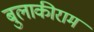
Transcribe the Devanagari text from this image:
बुलाकीराम